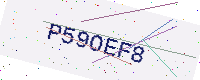
Text: P59OEF8